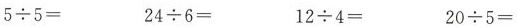
$$5 \div 5 =$$ $$2 4 \div 6 =$$ $$1 2 \div 4 =$$ $$2 0 \div 5 =$$